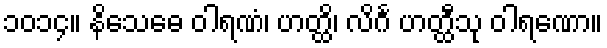
၁၀၁၄။ နိသေဓေ ဝါရဏံ၊ ဟတ္ထိ၊ လိင်္ဂ ဟတ္ထီသု ဝါရဏော။